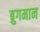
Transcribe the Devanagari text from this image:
ब्रुगमान